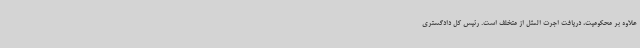
علاوه بر محکومیت، دریافت اجرت المثل از متخلف است. رئیس کل دادگستری